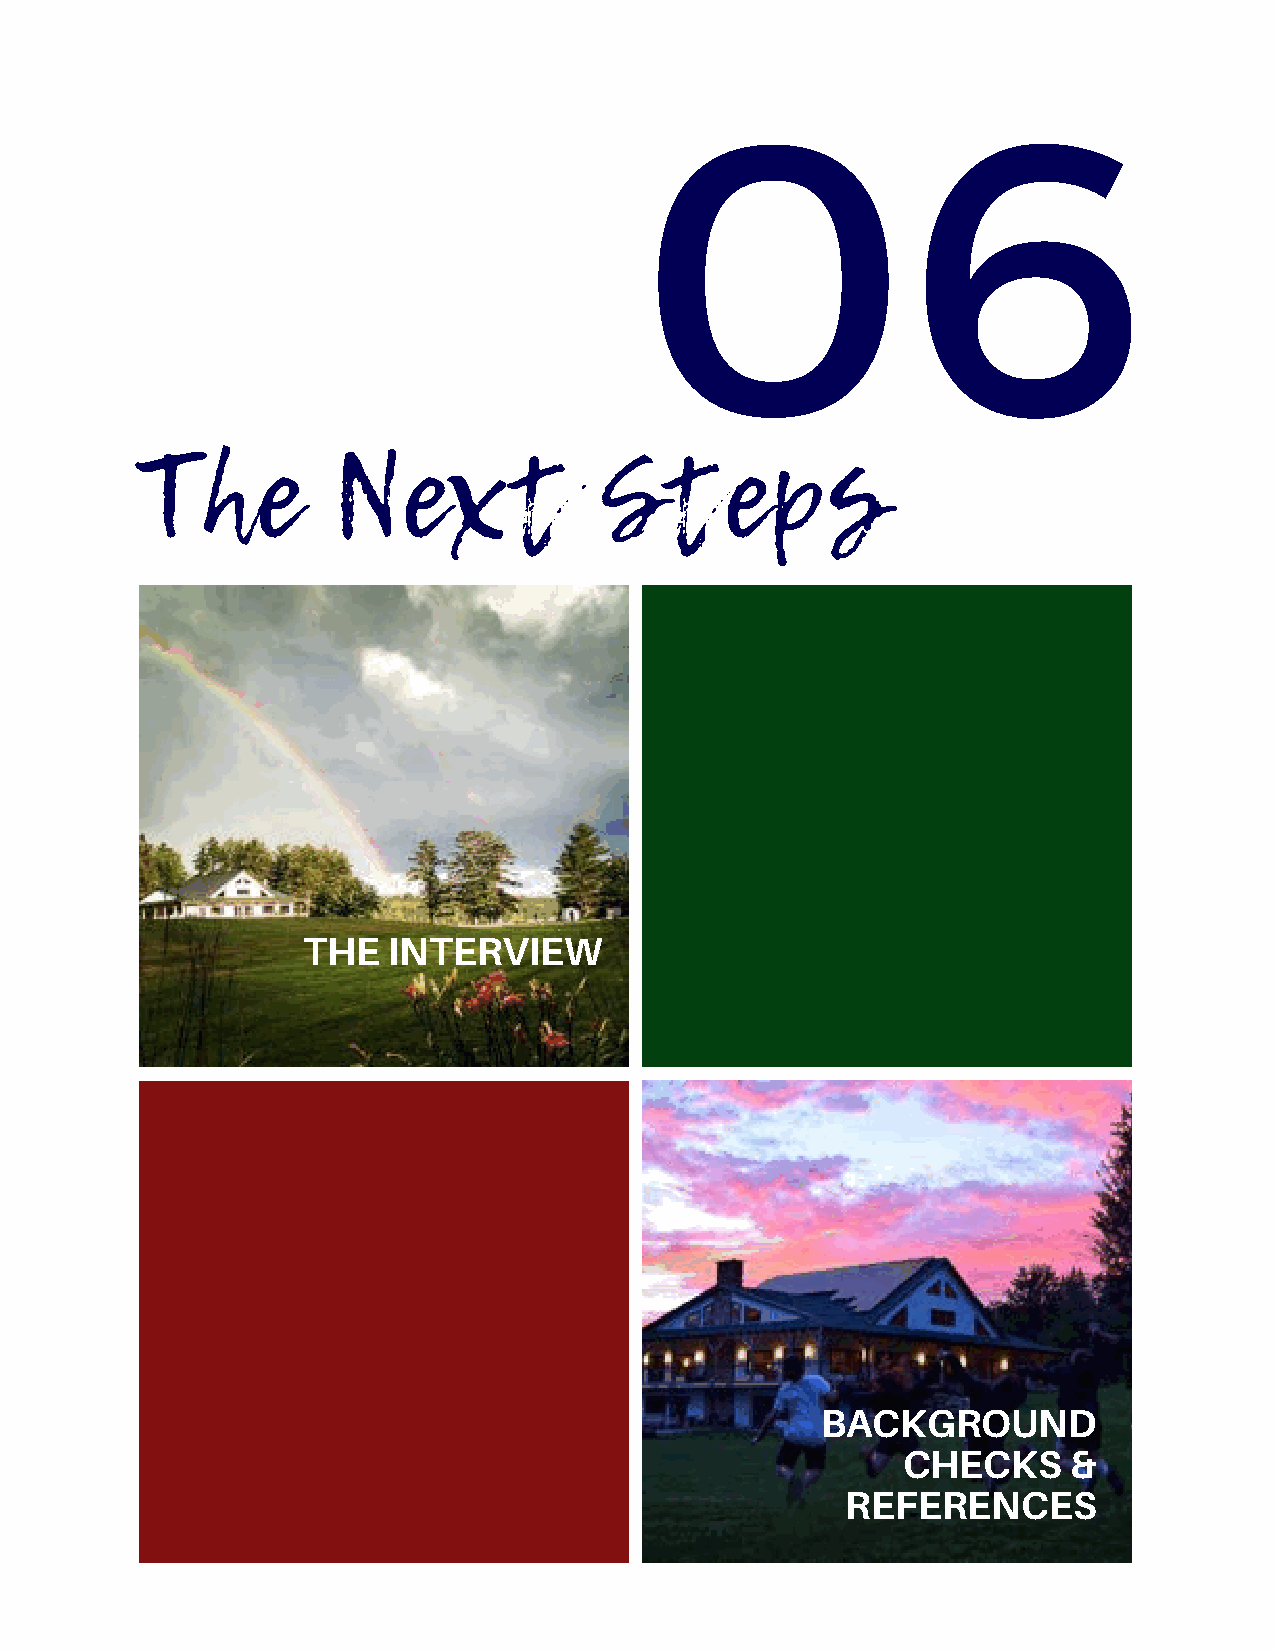
06
 The          Next              Steps
 THE   INTERVIEW
 BACKGROUND
 CHECKS     &
 REFERENCES